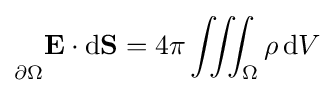
{\vphantom {\oint }}_{\scriptstyle \partial \Omega }\mathbf {E} \cdot \mathrm {d} \mathbf {S} =4\pi \iiint _{\Omega }\rho \,\mathrm {d} V